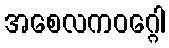
အစေလကဝဂ္ဂေါ